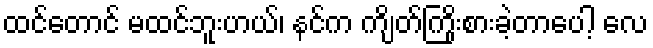
ထင်တောင် မထင်ဘူးဟယ်၊ နင်က ကျိတ်ကြိုးစားခဲ့တာပေါ့ လေ